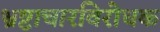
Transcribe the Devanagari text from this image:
भ्रष्टाचारविरोधक